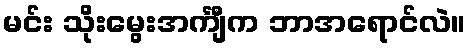
မင်း သိုးမွေးအင်္ကျီက ဘာအရောင်လဲ။